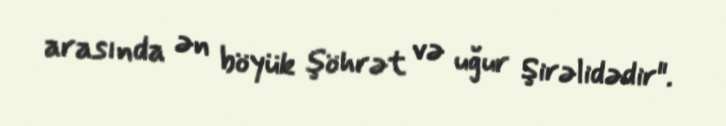
arasında ən böyük şöhrət və uğur Şirəlidədir".